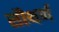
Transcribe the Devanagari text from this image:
सौथर्ण